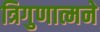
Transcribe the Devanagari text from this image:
त्रिगुणात्मने